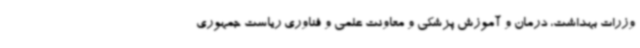
وزرات بهداشت، درمان و آموزش پزشکی و معاونت علمی و فناوری ریاست جمهوری